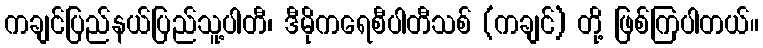
ကချင်ပြည်နယ်ပြည်သူ့ပါတီ၊ ဒီမိုကရေစီပါတီသစ် (ကချင်) တို့ ဖြစ်ကြပါတယ်။